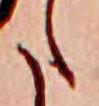
た